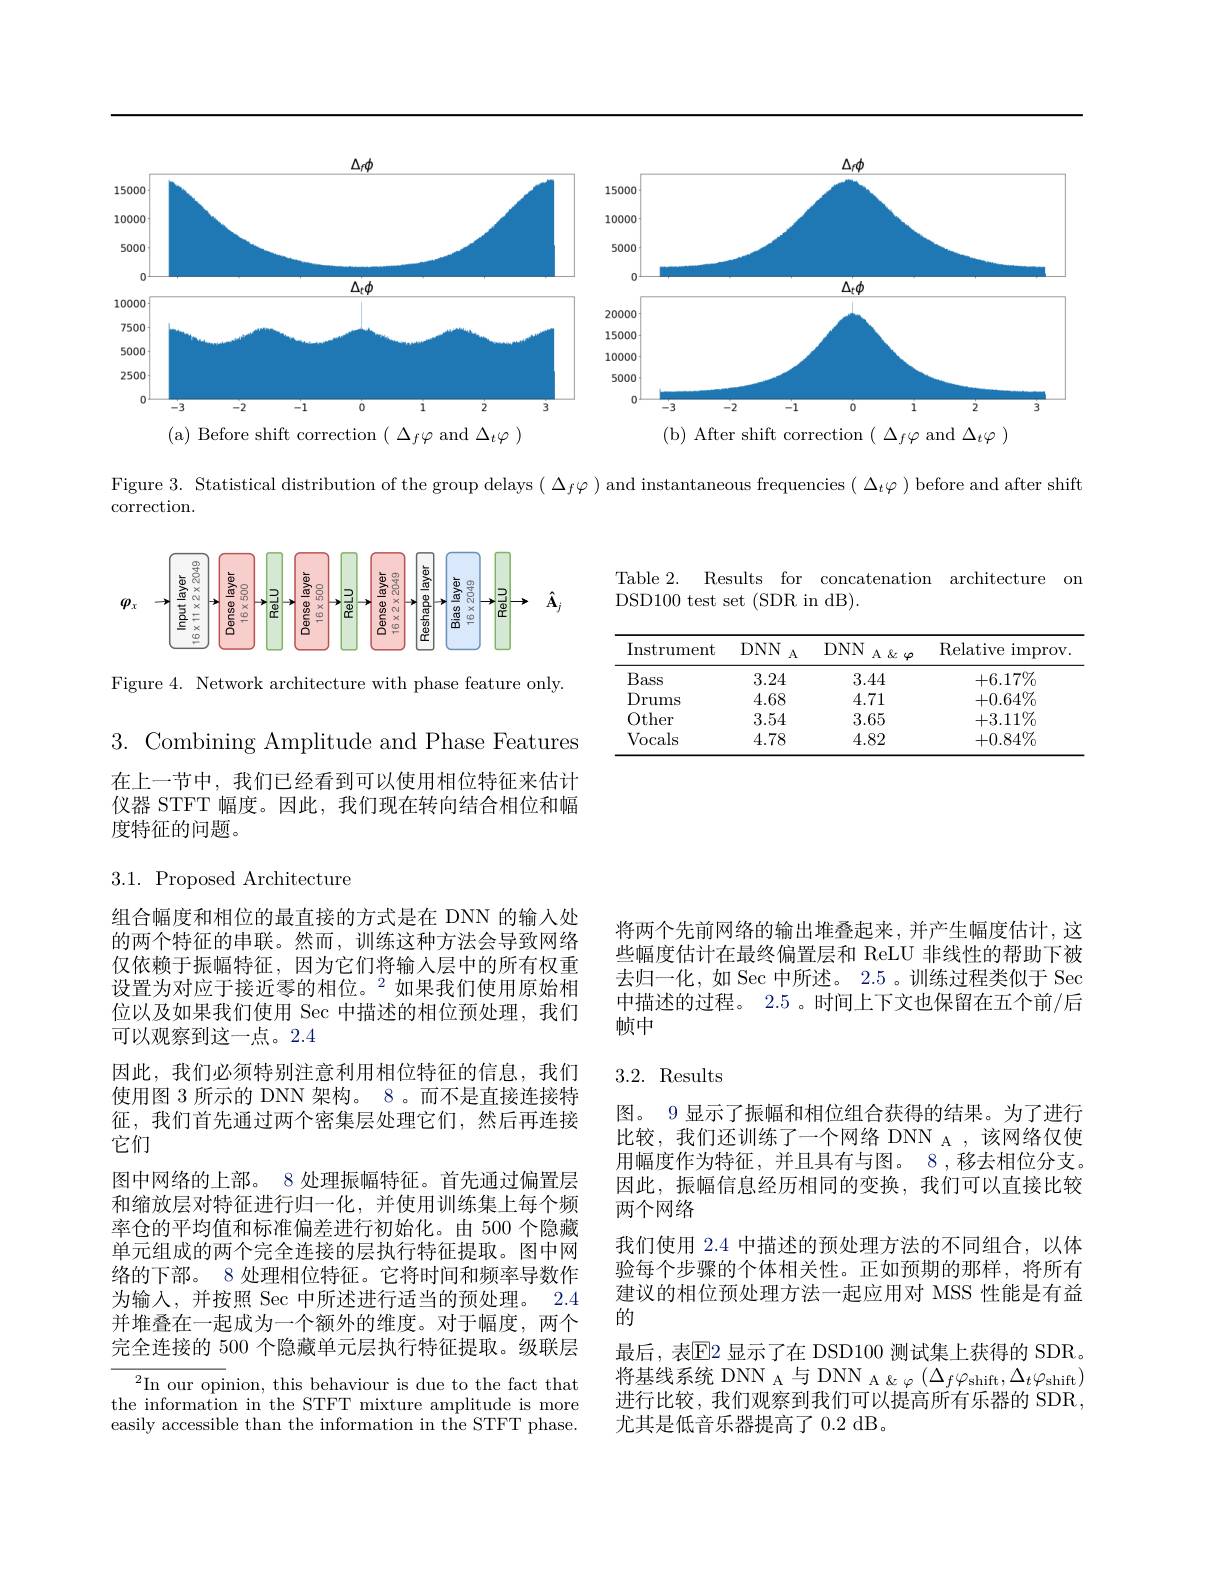
<FigureHere>

Figure 3. Statistical distribution of the group delays $(\Delta_f\varphi)$ and instantaneous frequencies $(\Delta_t\varphi)$ before and after shift

correction.

Table 2. Results for concatenation architecture on
DSD100 test set (SDR in dB).

<FigureHere>

Figure 4. Network architecture with phase feature only.

<table>
	<tbody>
		<tr>
			<th>Instrument</th>
			<th>$DNN$ A</th>
			<th>$DNN$ $A\&\varphi$</th>
			<th>${\mathrm{Relative~improv}}$</th>
		</tr>
		<tr>
			<td>Bass</td>
			<td>3.24</td>
			<td>3.44</td>
			<td>$+6.17\%$</td>
		</tr>
		<tr>
			<td>Drums</td>
			<td>4.68</td>
			<td>4.71</td>
			<td>$+0.64\%$</td>
		</tr>
		<tr>
			<td>Other</td>
			<td>3.54</td>
			<td>3.65</td>
			<td>$+3.11\%$</td>
		</tr>
		<tr>
			<td>Vocals</td>
			<td>4.78</td>
			<td>4.82</td>
			<td>$+0.84\%$</td>
		</tr>
	</tbody>
</table>

3. Combining Amplitude and Phase Features 在上一节中，我们已经看到可以使用相位特征来估计仪器 STFT 幅度。因此，我们现在转向结合相位和幅度特征的问题。

$3.1.{\mathrm{~Proposed~Architecture}}$

将两个先前网络的输出堆叠起来，并产生幅度估计，这些幅度估计在最终偏置层和 ReLU 非线性的帮助下被去归一化，如 Sec 中所述。2.5 。训练过程类似于 Sec 中描述的过程。2.5 。时间上下文也保留在五个前/后帧中

### 3.2. Results

组合幅度和相位的最直接的方式是在 DNN 的输入处的两个特征的串联。然而，训练这种方法会导致网络仅依赖于振幅特征，因为它们将输入层中的所有权重设置为对应于接近零的相位。$^{2}$如果我们使用原始相位以及如果我们使用 Sec 中描述的相位预处理，我们可以观察到这一点。2.4
因此，我们必须特别注意利用相位特征的信息，我们使用图 3 所示的 DNN 架构。8 。而不是直接连接特征，我们首先通过两个密集层处理它们，然后再连接它们
图中网络的上部。8 处理振幅特征。首先通过偏置层和缩放层对特征进行归一化，并使用训练集上每个频率仓的平均值和标准偏差进行初始化。由 500 个隐藏单元组成的两个完全连接的层执行特征提取。图中网络的下部。8 处理相位特征。它将时间和频率导数作为输入，并按照 Sec 中所述进行适当的预处理。2.4并堆叠在一起成为一个额外的维度。对于幅度，两个完全连接的 500 个隐藏单元层执行特征提取。级联层${}^{2}$In our opinion, this behaviour is due to the fact that

图。9 显示了振幅和相位组合获得的结果。为了进行比较，我们还训练了一个网络 DNN A ,该网络仅使用幅度作为特征，并且具有与图。8 ,移去相位分支。因此，振幅信息经历相同的变换，我们可以直接比较两个网络
我们使用 2.4 中描述的预处理方法的不同组合，以体验每个步骤的个体相关性。正如预期的那样，将所有建议的相位预处理方法一起应用对 MSS 性能是有益的
最后，表$\overline{\mathrm{E}}$2 显示了在 DSD100 测试集上获得的 SDR。将基线系统 DNN A 与 DNN A $_{\mathrm{A}}_{\mathrm{~}\&\varphi}\left(\Delta_{f}\varphi_{\mathrm{shift}},\Delta_{t}\varphi_{\mathrm{shift}}\right)$ 进行比较，我们观察到我们可以提高所有乐器的 SDR, 尤其是低音乐器提高了 0.2 dB。

the information in the STFT mixture amplitude is more easily accessible than the information in the STFT phase.